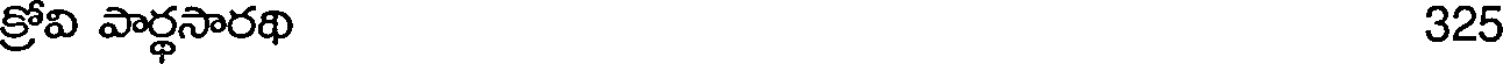
క్రోవి పార్థసారథి 325